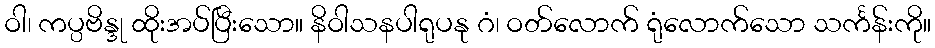
ဝါ၊ ကပ္ပဗိန္ဒု ထိုးအပ်ပြီးသော။ နိဝါသနပါရုပနု ဂံ၊ ဝတ်လောက် ရုံလောက်သော သင်္ကန်းကို။